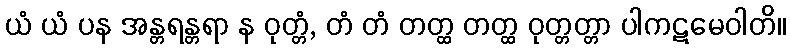
ယံ ယံ ပန အန္တရန္တရာ န ဝုတ္တံ, တံ တံ တတ္ထ တတ္ထ ဝုတ္တတ္တာ ပါကဋမေဝါတိ။